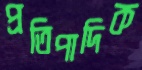
প্রতিপাদিক